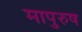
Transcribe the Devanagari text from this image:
मापुरुष